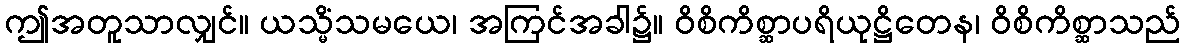
ဤအတူသာလျှင်။ ယသ္မိံသမယေ၊ အကြင်အခါ၌။ ဝိစိကိစ္ဆာပရိယုဋ္ဌိတေန၊ ဝိစိကိစ္ဆာသည်